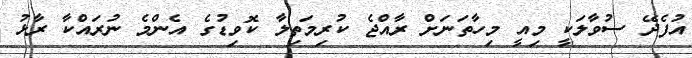
އުފެދޭ ސުވާލަކީ މިއީ މިހާތަނަށް ރާއްޖެ ކުރިމަތިލާ ކޮވިޑުގެ އެންމެ ނުރައްކާ ރާޅު